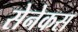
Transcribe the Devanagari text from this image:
सेनेकस